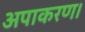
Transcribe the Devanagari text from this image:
अपाकरण।